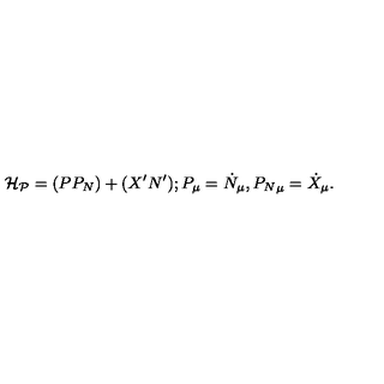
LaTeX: { \cal H _ { P } } = ( P P _ { N } ) + ( X ^ { \prime } N ^ { \prime } ) ; P _ { \mu } = \dot { N } _ { \mu } , { P _ { N } } _ { \mu } = \dot { X } _ { \mu } .